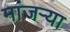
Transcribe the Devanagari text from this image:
मांजर्‍या